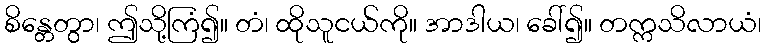
စိန္တေတွာ၊ ဤသို့ကြံ၍။ တံ၊ ထိုသူငယ်ကို။ အာဒါယ၊ ခေါ်၍။ တက္ကသိလာယံ၊